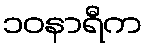
၁၀နာရီက